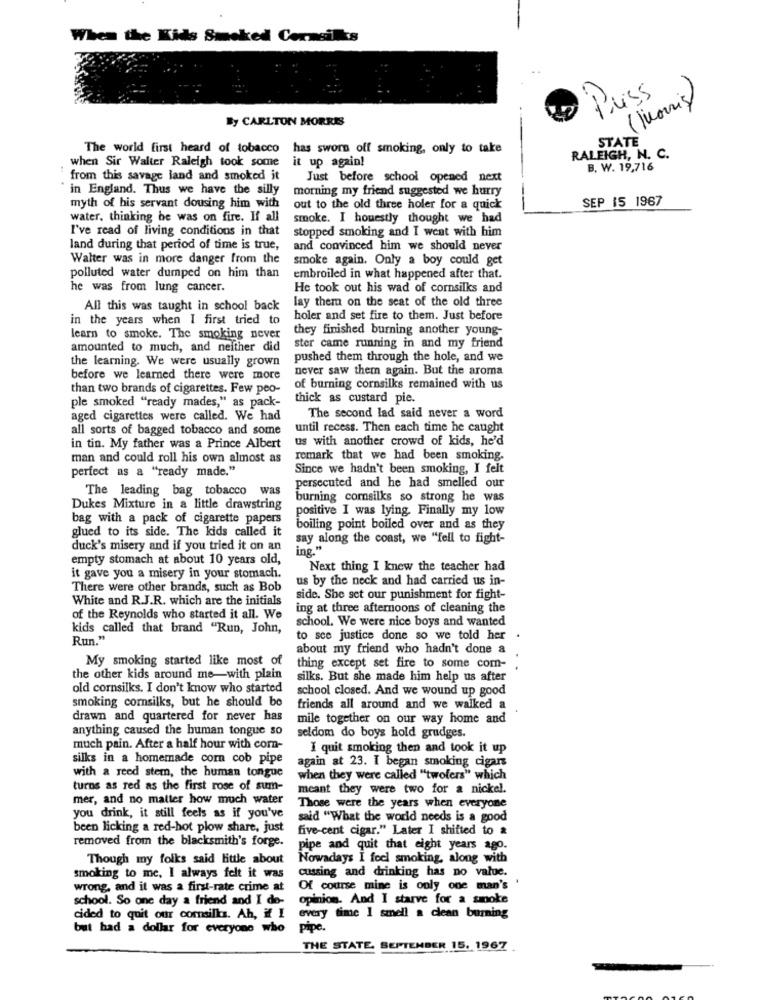
When the Kids Smoked Cormeilles
Puss
By CARLTON MORRIS
STATE
The world first heard of tobacco
has sworn off smoking, only to take
when Sir Walter Raleigh took some
it up again!
RALEIGH, N. C.
B. W. 19,716
from this savage land and smoked it
Just before school opened next
in England. Thus we have the silly
morning my friend suggested we hurry
-
SEP 15 1967
myth of his servant dousing him with
out to the old three holer for a quick
water, thinking he was on fire. If all
smoke. I houestly thought we had
I've read of living conditions in that
stopped smoking and I went with him
land during that period of time is true,
and convinced him we should never
Walter was in more danger from the
smoke again. Only a boy could get
polluted water dumped on him than
embroiled in what happened after that.
he was from lung cancer.
He took out his wad of cornsilks and
lay them on the seat of the old three
All this was taught in school back
in the years when I first tried to
holer and set fire to them. Just before
they finished burning another young-
learn to smoke. The smoking never
amounted to much, and neither did
ster came running in and my friend
the learning. We were usually grown
pushed them through the hole, and we
never saw them again. But the aroma
before we learned there were more
than two brands of cigarettes. Few peo-
of burning cornsilks remained with us
ple smoked "ready mades," as pack-
thick as custard pie.
aged cigarettes were called. We had
The second lad said never a word
all sorts of bagged tobacco and some
until recess. Then each time he caught
us with another crowd of kids, he'd
in tin. My father was a Prince Albert
man and could roll his own almost as
remark that we had been smoking.
perfect as a "ready made."
Since we hadn't been smoking, I felt
The leading bag tobacco was
persecuted and he had smelled our
burning cornsilks so strong he was
Dukes Mixture in a little drawstring
positive I was lying. Finally my low
bag with a pack of cigarette papers
glued to its side. The kids called it
boiling point boiled over and as they
say along the coast, we "fell to fight-
duck's misery and if you tried it on an
ing."
empty stomach at about 10 years old,
Next thing I knew the teacher had
it gave you a misery in your stomach.
us by the neck and had carried us in-
There were other brands, such as Bob
White and R.J.R. which are the initials
side. She set our punishment for fight-
ing at three afternoons of cleaning the
of the Reynolds who started it all. We
school. We were nice boys and wanted
kids called that brand "Run, John,
Run."
to sce justice done so we told her
about my friend who hadn't done a
My smoking started like most of
thing except set fire to some com-
the other kids around me-with plain
silks. But she made him help us after
old cornsilks. I don't know who started
school closed. And we wound up good
smoking cornsilks, but he should be
friends all around and we walked a
drawn and quartered for never has
mile together on our way home and
anything caused the human tongue so
seldom do boys hold grudges.
much pain. After a half hour with com-
I quit smoking then and took it up
silks in a homemade com cob pipe
again at 23. I began smoking cigars
with a reed stem, the human tongue
when they were called "twolers" which
turns as red as the first rose of sum-
meant they were two for a nickel.
mer, and no matter how much water
Those were the years when everyone
you drink, it still feels as if you've
said "What the world needs is a good
been licking a red-hot plow share, just
five-cent cigar." Later I shifted to &
removed from the blacksmith's forge.
pipe and quit that eight years ago.
Though my folks said little about
Nowadays I feel smoking, along with
smoking to me, I always felt it was
cussing and drinking has no value.
wrong, and it was a first-rate crime at
Of course mine is only one man's
school. So one day a friend and I de-
opinion. And I starve for a smoke
cided to quit our comsillas. Ah, if I
every time I smell a clean burning
but had a dollar for everyone who
pipe.
THE STATE, SEPTEMBER 15. 1967